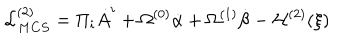
{ \cal L } _ { M C S } ^ { ( 2 ) } = \Pi _ { i } \dot { A } ^ { i } + \Omega ^ { ( 0 ) } \dot { \alpha } + \Omega ^ { ( 1 ) } \dot { \beta } - { \cal H } ^ { ( 2 ) } ( \xi )